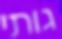
גותי